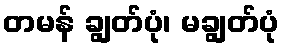
တမန် ချွတ်ပုံ၊ မချွတ်ပုံ